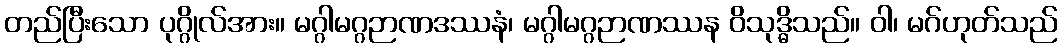
တည်ပြီးသော ပုဂ္ဂိုလ်အား။ မဂ္ဂါမဂ္ဂဉာဏဒဿနံ၊ မဂ္ဂါမဂ္ဂဉာဏဿန ဝိသုဒ္ဓိသည်။ ဝါ၊ မဂ်ဟုတ်သည်